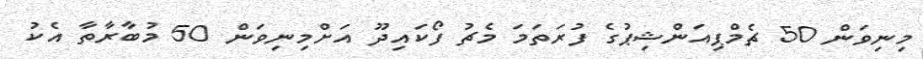
މިނިވަން 50 ޗެމްޕިއަންޝިޕުގެ ފުރަތަމަ މެޗު ފޯކައިދޫ އަށްމިނިވަން 50 މުބާރާތާ އެކު